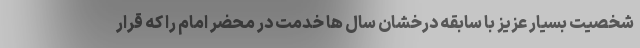
شخصیت بسیار عزیز با سابقه درخشان سال ها خدمت در محضر امام را که قرار